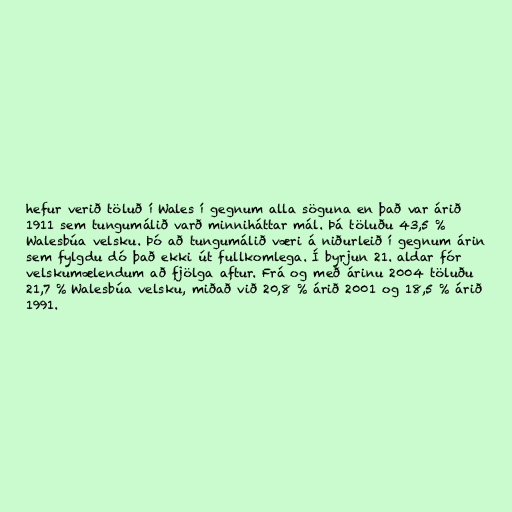
hefur verið töluð í Wales í gegnum alla söguna en það var árið
1911 sem tungumálið varð minniháttar mál. Þá töluðu 43,5 %
Walesbúa velsku. Þó að tungumálið væri á niðurleið í gegnum árin
sem fylgdu dó það ekki út fullkomlega. Í byrjun 21. aldar fór
velskumælendum að fjölga aftur. Frá og með árinu 2004 töluðu
21,7 % Walesbúa velsku, miðað við 20,8 % árið 2001 og 18,5 % árið
1991.